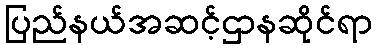
ပြည်နယ်အဆင့်ဌာနဆိုင်ရာ